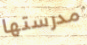
مدرستها